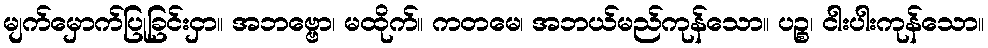
မျက်မှောက်ပြုခြင်းငှာ။ အဘဗ္ဗော၊ မထိုက်။ ကတမေ၊ အဘယ်မည်ကုန်သော။ ပဉ္စ၊ ငါးပါးကုန်သော။